Civil Veterinary Department Bihar & Orissa reports 1911-21 - 1911-1921
Year: 1911
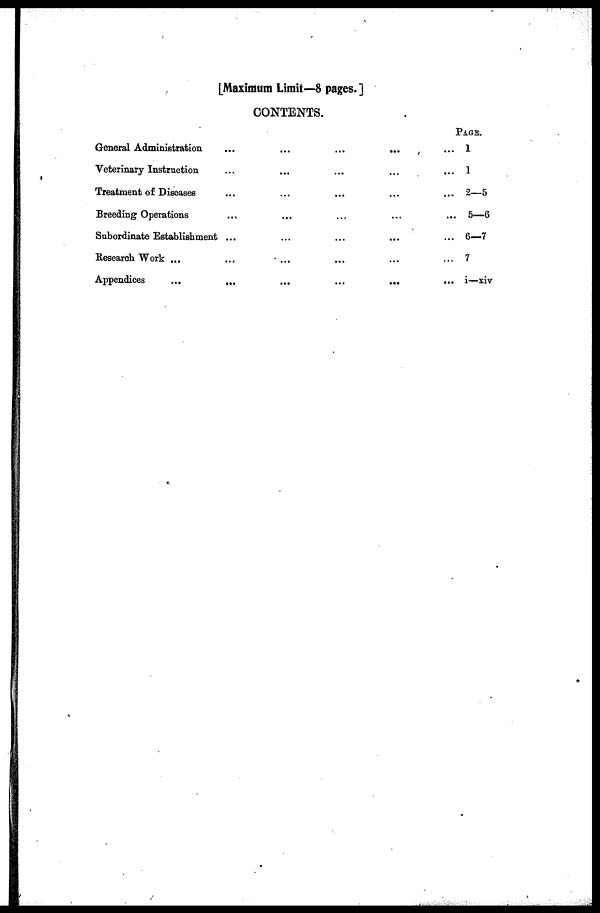
[Maximum Limit—8 pages. ]
CONTENTS.
General Administration
...
Veterinary Instruction
Treatment of Diseases
Breeding Operations
Subordinate Establishment ...
Research Work ...
...
Appendices
...
...
...
...
...
PAGE.
... 1
... 1
... 2—5
... 5—6
... 6—7
... 7
... i—xiv